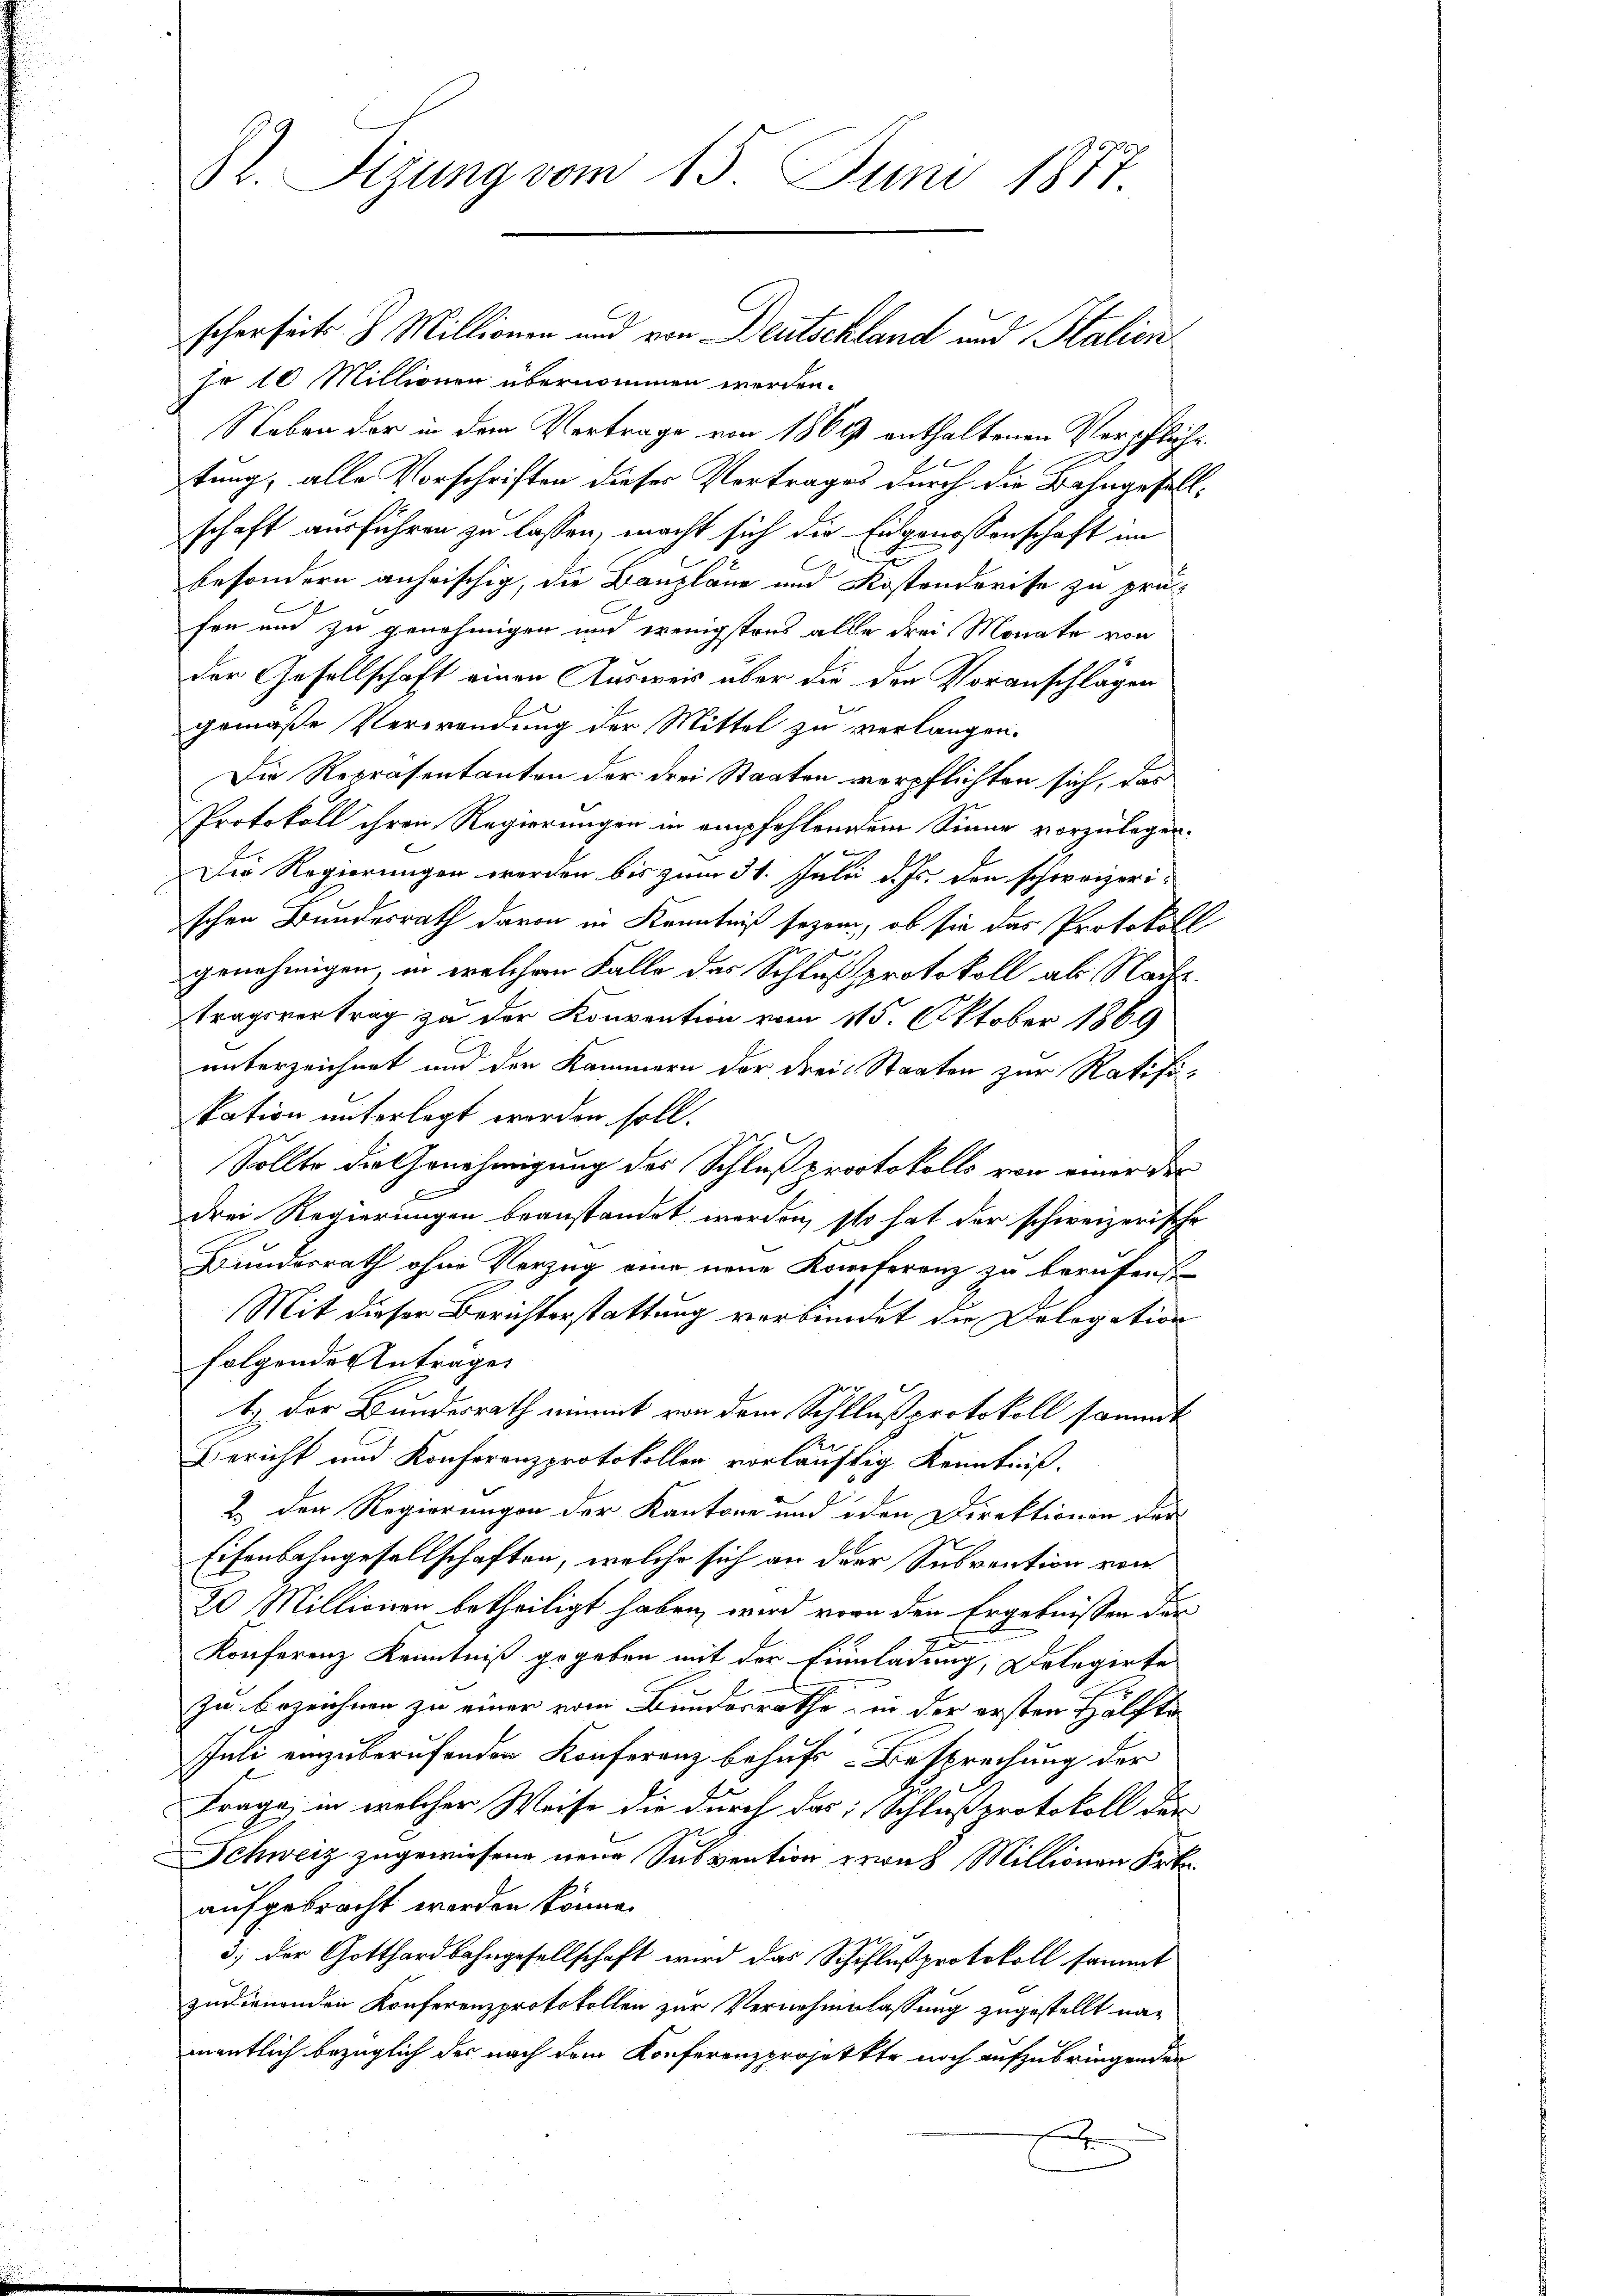
St. Sitzung vom 15. Juni 1877

scherseits 3 Millionen und von Deutschland und Station
fr 10 Millionen übernommen werden.
Neben der in dem Vertrage von 1861 enthaltenen Verpfliche
tung, alle Vorschriften dieser Vertrages durch die Bahngesellschaft ausführen zu lassen, macht sich die Eidgenossenschaft im
besondern aufrischig, die Baupläne und Kostenderisse zu prüfon und zu genehmigen und wenigstens alle drei Monate von
der Gesellschaft einen Ausweis über die den Voranschläger
gemäße Verwendung der Mittel zu verlangen.
Die Repräsentanton der drei Staaten verpflichten sich, das
Protokoll ihren Regierungen in empfehlendem Sinne vorzulegen.
Der Regierungen werden bis zum 31. Juli d. Js. den schweizerischen Bundesrath davon in Kenntniß sezen, ob sie das Protokoll
genehmigen, in welchem Falle des Schluß protokoll als Nachstragsvertrag zu der Konvention vom 115. Oktober 1869
unterzeichnet und den Kammern der drei Staaten zur Ratifi-
station unterlegt worden soll.
Sollte die Genehmigung des Schluß protokolls von einer der
drei Regierungen beanstandet werden, so hat der schweizerische
Bundesrath ohne Vorzug eine neue Konferenz zu berufens
Mit dieser Berichterstattung verbündet die Delogation
folgende Anträge
1.) Der Bundesrath nimmt von dem Schllußprotokoll sammt
Bericht und Konferenzprotokollen vorläuftig Kenntniß.
2.) Der Regierungen der Kantone und den Direktionen der
Eisenbahngesellschaften, welche sich an der Subvention von
20 Millionen betheiligt haben, wird vorn den Ergebnissen der
Konferenz Kenntniß gegeben mit der Einladung, Delegirte
zu bezeichnen zu einer vom Bundesrathe in der ersten Hälfte
Juli einzuberufenden Konferenz behufs Besprechung der
Frage, in welcher Weise die durch das Schlußprotokoll der
Schweiz zugewiesene neue Subvention prael Millionen Frk.
aufgebracht werden könne.
3) der Gotthardbahngesellschaft wird das Schiflußprotokoll sammt
zudienenden Konferenzprotokollen zur Vernehmlassung zugestellt namentlich bezüglich der nach dem Konferenzprojekte noch aufzubringenden
2